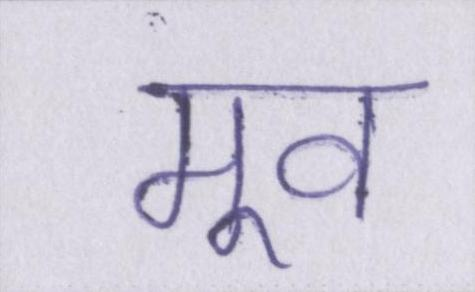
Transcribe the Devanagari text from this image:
मूव